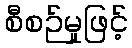
စီစဉ်မှုဖြင့်